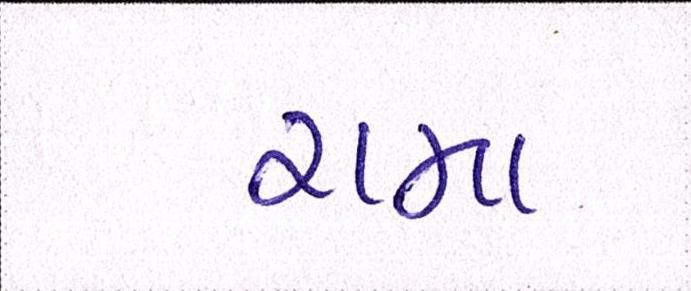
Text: રામા